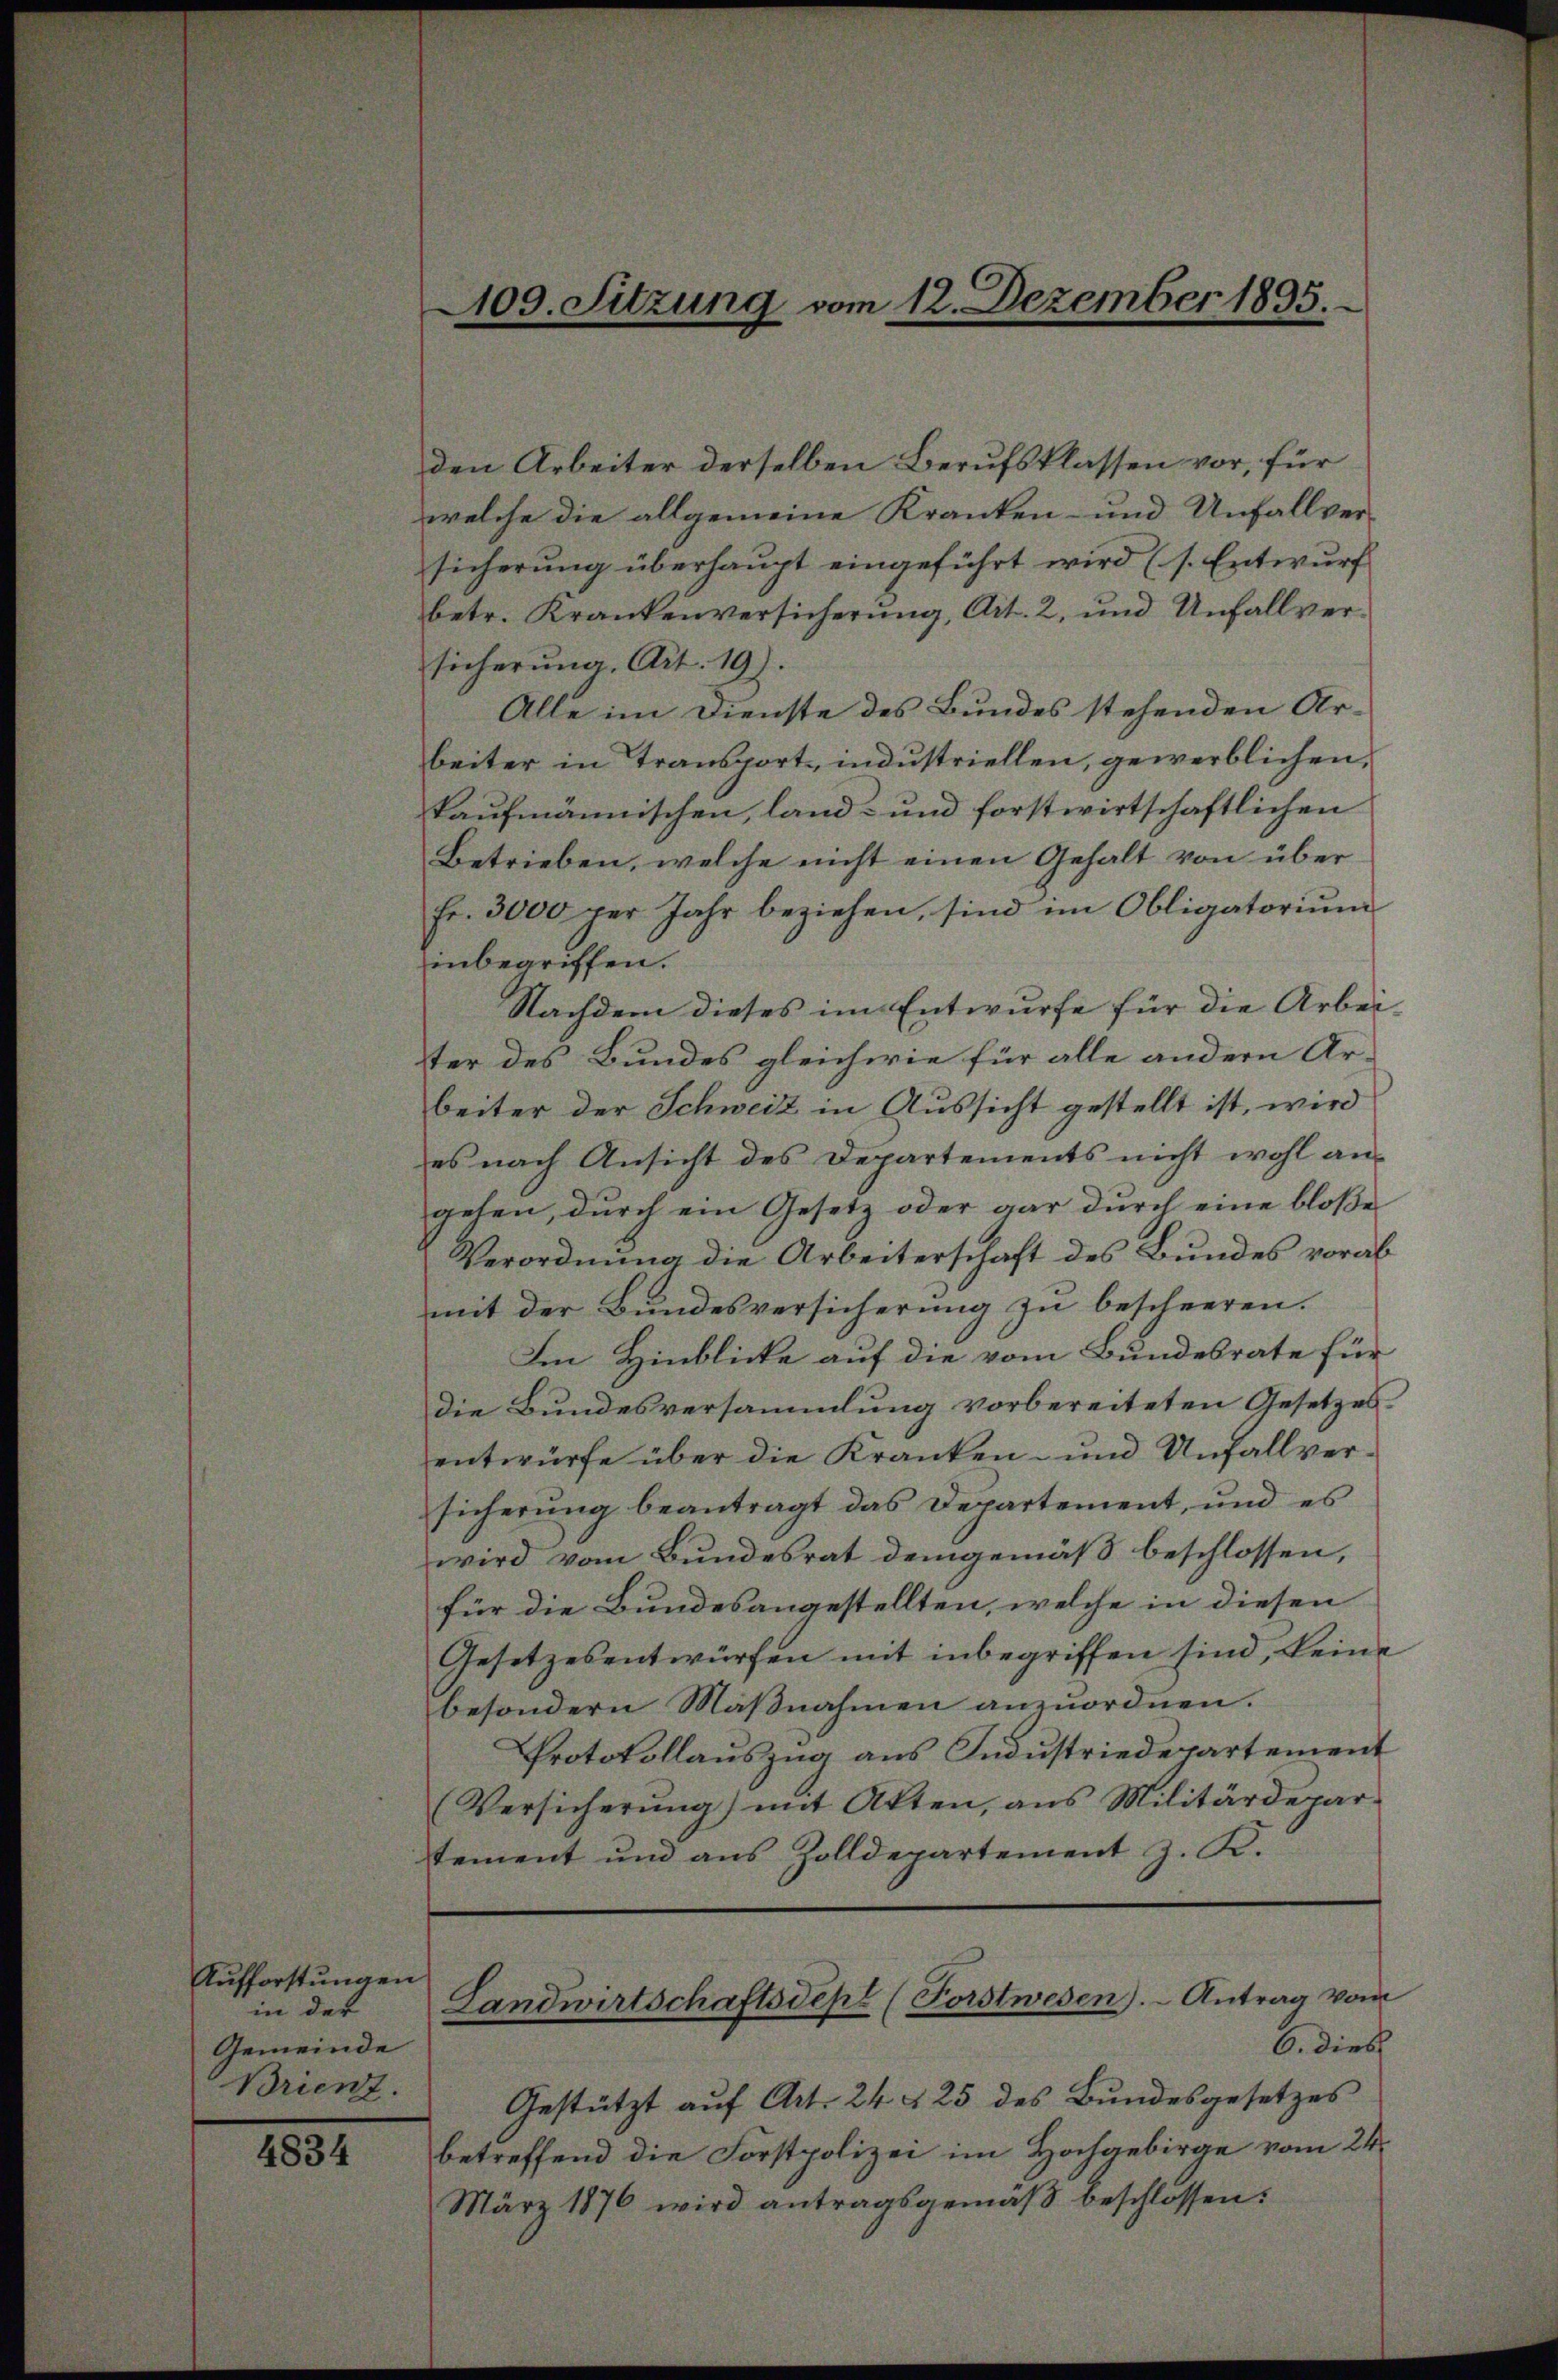
Aufforstungen
in der
Gemeinde
Brienz.

4834

den Arbeiter derselben Berufsklassen vor, für
welche die allgemeine Kranken- und Unfallver-
sicherung überhaupt eingeführt wird (s. Entwurf
betr. Krankenversicherung, Art. 2, und Unfallversicherung. Art. 19).
Alle im Dienste des Bundes stehenden Arbeiter in Transport, industriellen, gewerblichen,
kaufmännischen, land- und forstwirtschaftlichen
Betrieben, welche nicht einen Gehalt von über
fr. 3000 per Jahr beziehen, sind im Obligatorium
inbegriffen.
Nachdem dieses im Entwurfe für die Arbeiter des Bundes gleichwie für alle andern Ar-
beiter der Schweiz in Aussicht gestellt ist, wird
es nach Ansicht des Departements nicht wohl an-
gehen, durch ein Gesetz oder gar durch eine bloße
Verordnung die Arbeiterschaft des Bundes vorab
mit der Bundesversicherung zu bescheeren.
Im Hinblicke auf die vom Bundesrate für
Die Bundesversammlung vorbereiteten Gesetzes
entwürfe über die Kranken- und Unfallversicherung beantragt das Departement, und es
wird vom Bundesrat demgemäß beschlossen,
für die Bundesangestellten, welche in diesen
Gesetzesentwürfen mit inbegriffen sind, keine
besondern Maβnahmen anzŭordnen.
Protokollauszug aus Industriedepartement
Versicherŭng) mit Akten, ans Militärdepar-
tement und aus Zolldepartement z. K.
Landwirtschaftsdept (Forstwesen). Antrag vom
6. Dieb
Gestützt auf Art. 24 § 25 des Bundesgesetzes
betreffend die Forstpolizei im Hochgebirge vom 24.
März 1876 wird antragsgemäß beschlossen:

109. Sitzung vom 12. Dezember 1895.